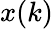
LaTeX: x(k)